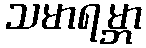
သမာရမ္ဘာ